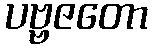
ပဗ္ဗဇတော